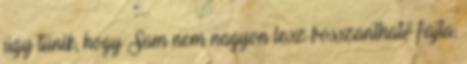
úgy tűnik, hogy Sam nem nagyon lesz bosszantható fajta,